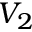
V _ { 2 }